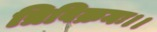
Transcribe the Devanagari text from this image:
त्रिविक्रमः।।